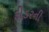
ફીડરની